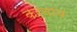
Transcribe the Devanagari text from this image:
करनाय